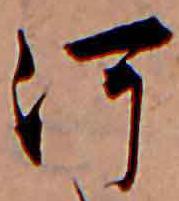
河